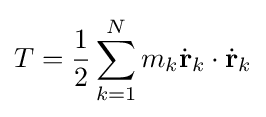
T={\frac {1}{2}}\sum _{k=1}^{N}m_{k}{\dot {\mathbf {r} }}_{k}\cdot {\dot {\mathbf {r} }}_{k}